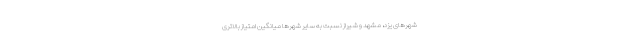
شهرهای یزد، مشهد و شیراز نسبت به سایر شهرها میانگین امتیاز بالاتری